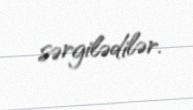
sərgilədilər.